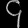
Digit: ၄